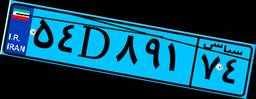
۳۰D۴۰۸۲۵